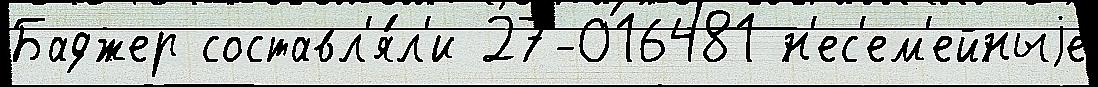
Баджер составл'я́л'и 27-016481 н'ес'ем'ейныjе